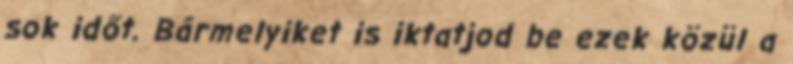
sok időt. Bármelyiket is iktatjod be ezek közül a